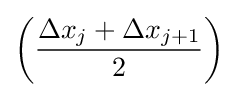
\left({\frac {\Delta x_{j}+\Delta x_{j+1}}{2}}\right)